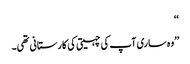
‘‘
’’وہ ساری آپ کی چہیتی کی کارستانی تھی۔